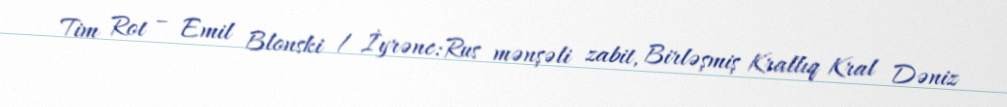
Tim Rot – Emil Blonski / İyrənc:Rus mənşəli zabit, Birləşmiş Krallıq Kral Dəniz